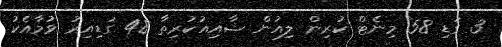
3 ގަޑި 58 މިނެޓް ކުރިން ލިއުން ޝާއިއުކުރިތާ 48 ގަޑިއިރު ވުމާއެކު